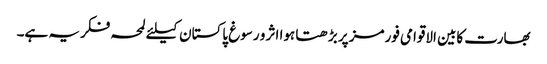
بھارت کابین الاقوامی فورمز پر بڑھتا ہوا اثر و رسوغ پاکستان کیلئے لمحہ فکریہ ہے۔